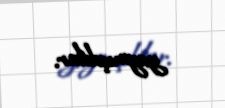
yaymışdılar.